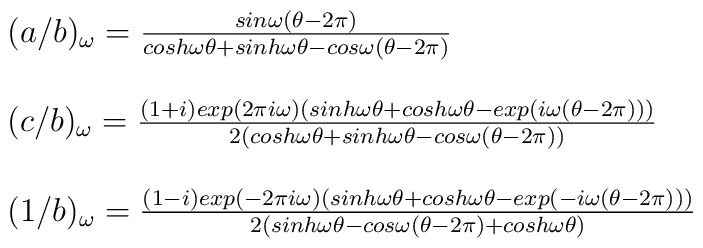
\begin{array}{ll}(a/b)_\omega =  \frac{sin\omega(\theta-2\pi)}{cosh\omega\theta + sinh\omega\theta - cos\omega(\theta-2\pi)} \\\\(c/b)_\omega =\frac{(1+i)exp(2\pi i\omega)(sinh\omega\theta + cosh\omega\theta - exp(i\omega(\theta-2\pi)))}{2(cosh\omega\theta + sinh\omega\theta - cos\omega(\theta-2\pi))}\\\\(1/b)_\omega=\frac{(1-i)exp(-2\pi i\omega)(sinh\omega\theta + cosh\omega\theta - exp(-i\omega(\theta-2\pi)))}{2(sinh\omega\theta - cos\omega(\theta-2\pi) + cosh\omega\theta)}\\\end{array}